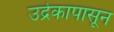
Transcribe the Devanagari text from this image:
उद्रेकापासून